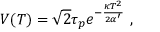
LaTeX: V ( T ) = \sqrt { 2 } \tau _ { p } e ^ { - { \frac { \kappa T ^ { 2 } } { 2 \alpha ^ { \prime } } } } \ ,